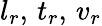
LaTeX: l_{r},\, t_{r},\, v_{r}